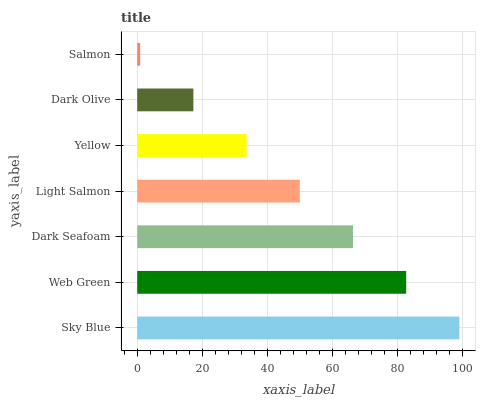
| yaxis_label | bars |
 | --- | --- |
 | Sky Blue | 99 |
 | Web Green | 82.7 |
 | Dark Seafoam | 66.3 |
 | Light Salmon | 50 |
 | Yellow | 33.6 |
 | Dark Olive | 17.3 |
 | Salmon | 0.915 |